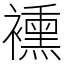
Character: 䙧